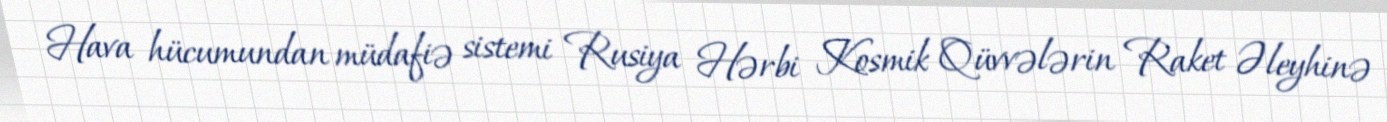
Hava hücumundan müdafiə sistemi Rusiya Hərbi Kosmik Qüvvələrin Raket Əleyhinə